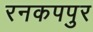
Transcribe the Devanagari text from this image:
रनकपपुर